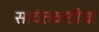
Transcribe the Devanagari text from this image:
सावंतवाडीचा